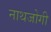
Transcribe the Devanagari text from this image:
नाथजोगी